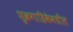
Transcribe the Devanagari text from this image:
शुक्रगाहिकेमधील